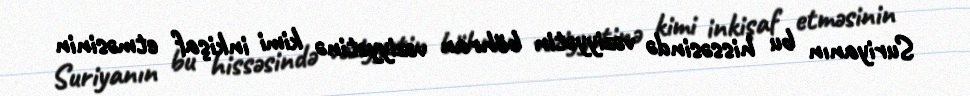
Suriyanın bu hissəsində vəziyyətin böhran vəziyyətinə kimi inkişaf etməsinin